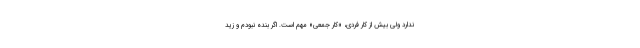
ندارد ولی بیش از کار فردی، «کار جمعی» مهم است. اگر بنده نبودم و زید